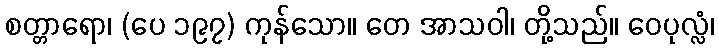
စတ္တာရော၊ (ပေ ၁၉၇) ကုန်သော။ တေ အာသဝါ၊ တို့သည်။ ဝေပုလ္လံ၊